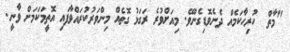
"މާތް  ހުރިހާކަމެއް ދެނެވޮޑިގެންވޭ. މިއަށްވުރެ ރަގަޅު ގޮތެއް މިންވަރުކުރައްވާފައި އޮތީމަކަމަށް ވާނީ.